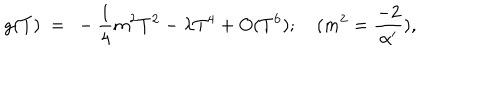
g ( T ) ~ = ~ - { \frac { 1 } { 4 } } { m ^ { 2 } } T ^ { 2 } - { \lambda } T ^ { 4 } + O ( T ^ { 6 } ) ; \quad ( { m ^ { 2 } = { \frac { - 2 } { \alpha ^ { \prime } } } ) } ,